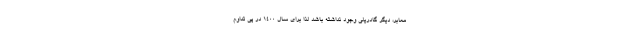
معابر، دیگر گادریلی وجود نداشته باشد لذا برای سال ۱۴۰۰ در پی تداوم